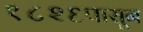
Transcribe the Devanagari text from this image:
१८२६पासून